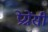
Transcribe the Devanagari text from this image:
प्रेग्नेंसी